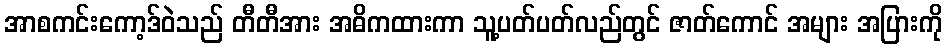
အာစကင်းကော့ဒ်ဝဲသည် တီတီအား အဓိကထားကာ သူ့ပတ်ပတ်လည်တွင် ဇာတ်ကောင် အများ အပြားကို